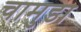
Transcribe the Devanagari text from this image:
चामुडा